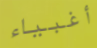
أغبياء